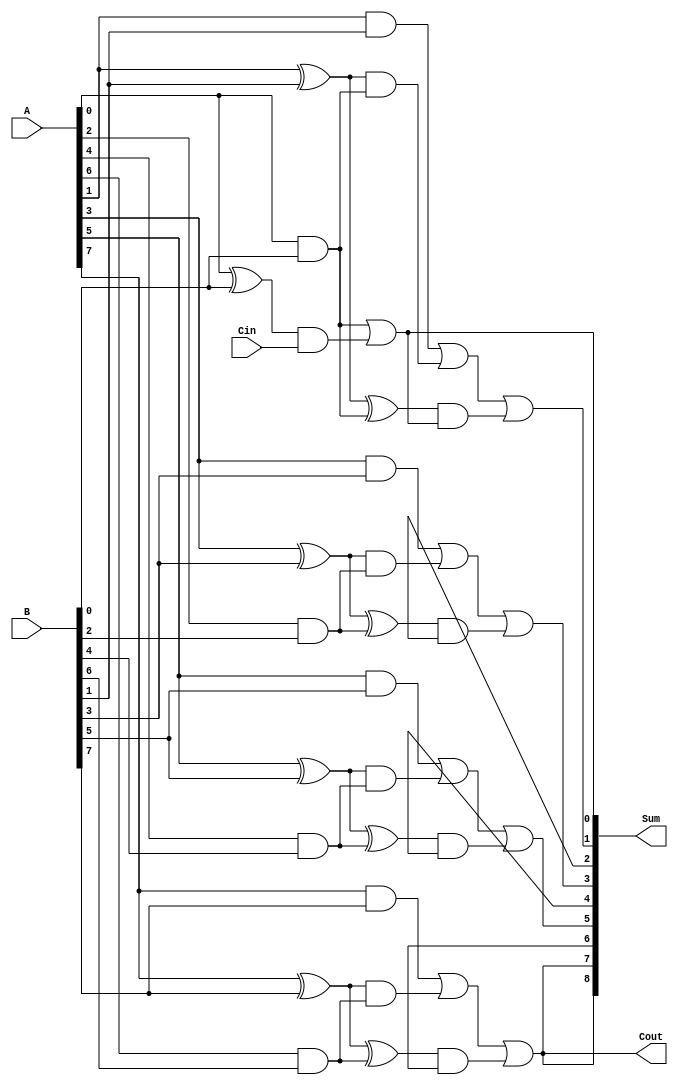
module carry_skip_adder(
    input [N-1:0] A,
    input [N-1:0] B,
    input Cin,
    output [N:0] Sum,
    output Cout
);

parameter N = 8;

wire [N-1:0] P, G;
wire [N-1:0] C;

genvar i;
generate
    for (i = 0; i < N; i = i + 2) begin
        assign P[i] = A[i] ^ B[i];
        assign G[i] = A[i] & B[i];
    end
endgenerate

genvar j;
generate
    for (j = 1; j < N; j = j + 2) begin
        assign P[j] = (A[j] ^ B[j]) ^ (A[j-1] & B[j-1]);
        assign G[j] = (A[j] & B[j]) | ((A[j] ^ B[j]) & (A[j-1] & B[j-1]));
    end
endgenerate

assign C[0] = G[0] | (P[0] & Cin);

genvar k;
generate
    for (k = 1; k < N; k = k + 2) begin
        assign C[k] = G[k] | (P[k] & C[k-1]);
    end
endgenerate

assign Cout = G[N-1] | (P[N-1] & C[N-2]);
assign Sum = {Cout, C[N-1:0]};

endmodule